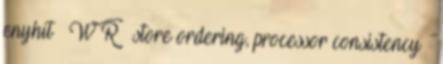
enyhít – W→R – store ordering, processor consistency ●